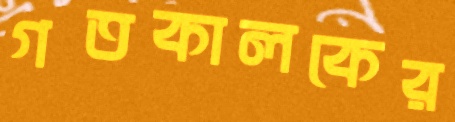
গতকালকের